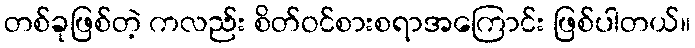
တစ်ခုဖြစ်တဲ့ ကလည်း စိတ်ဝင်စားစရာအကြောင်း ဖြစ်ပါတယ်။